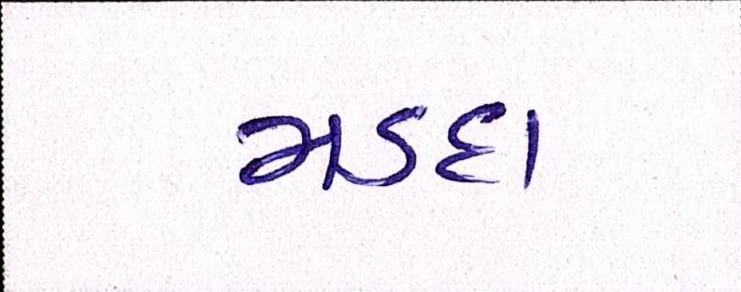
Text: મડદા